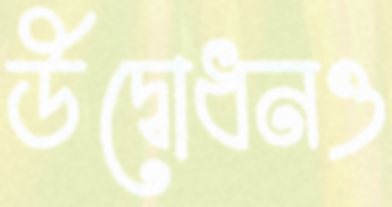
উদ্বোধনও